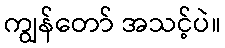
ကျွန်တော် အသင့်ပဲ။